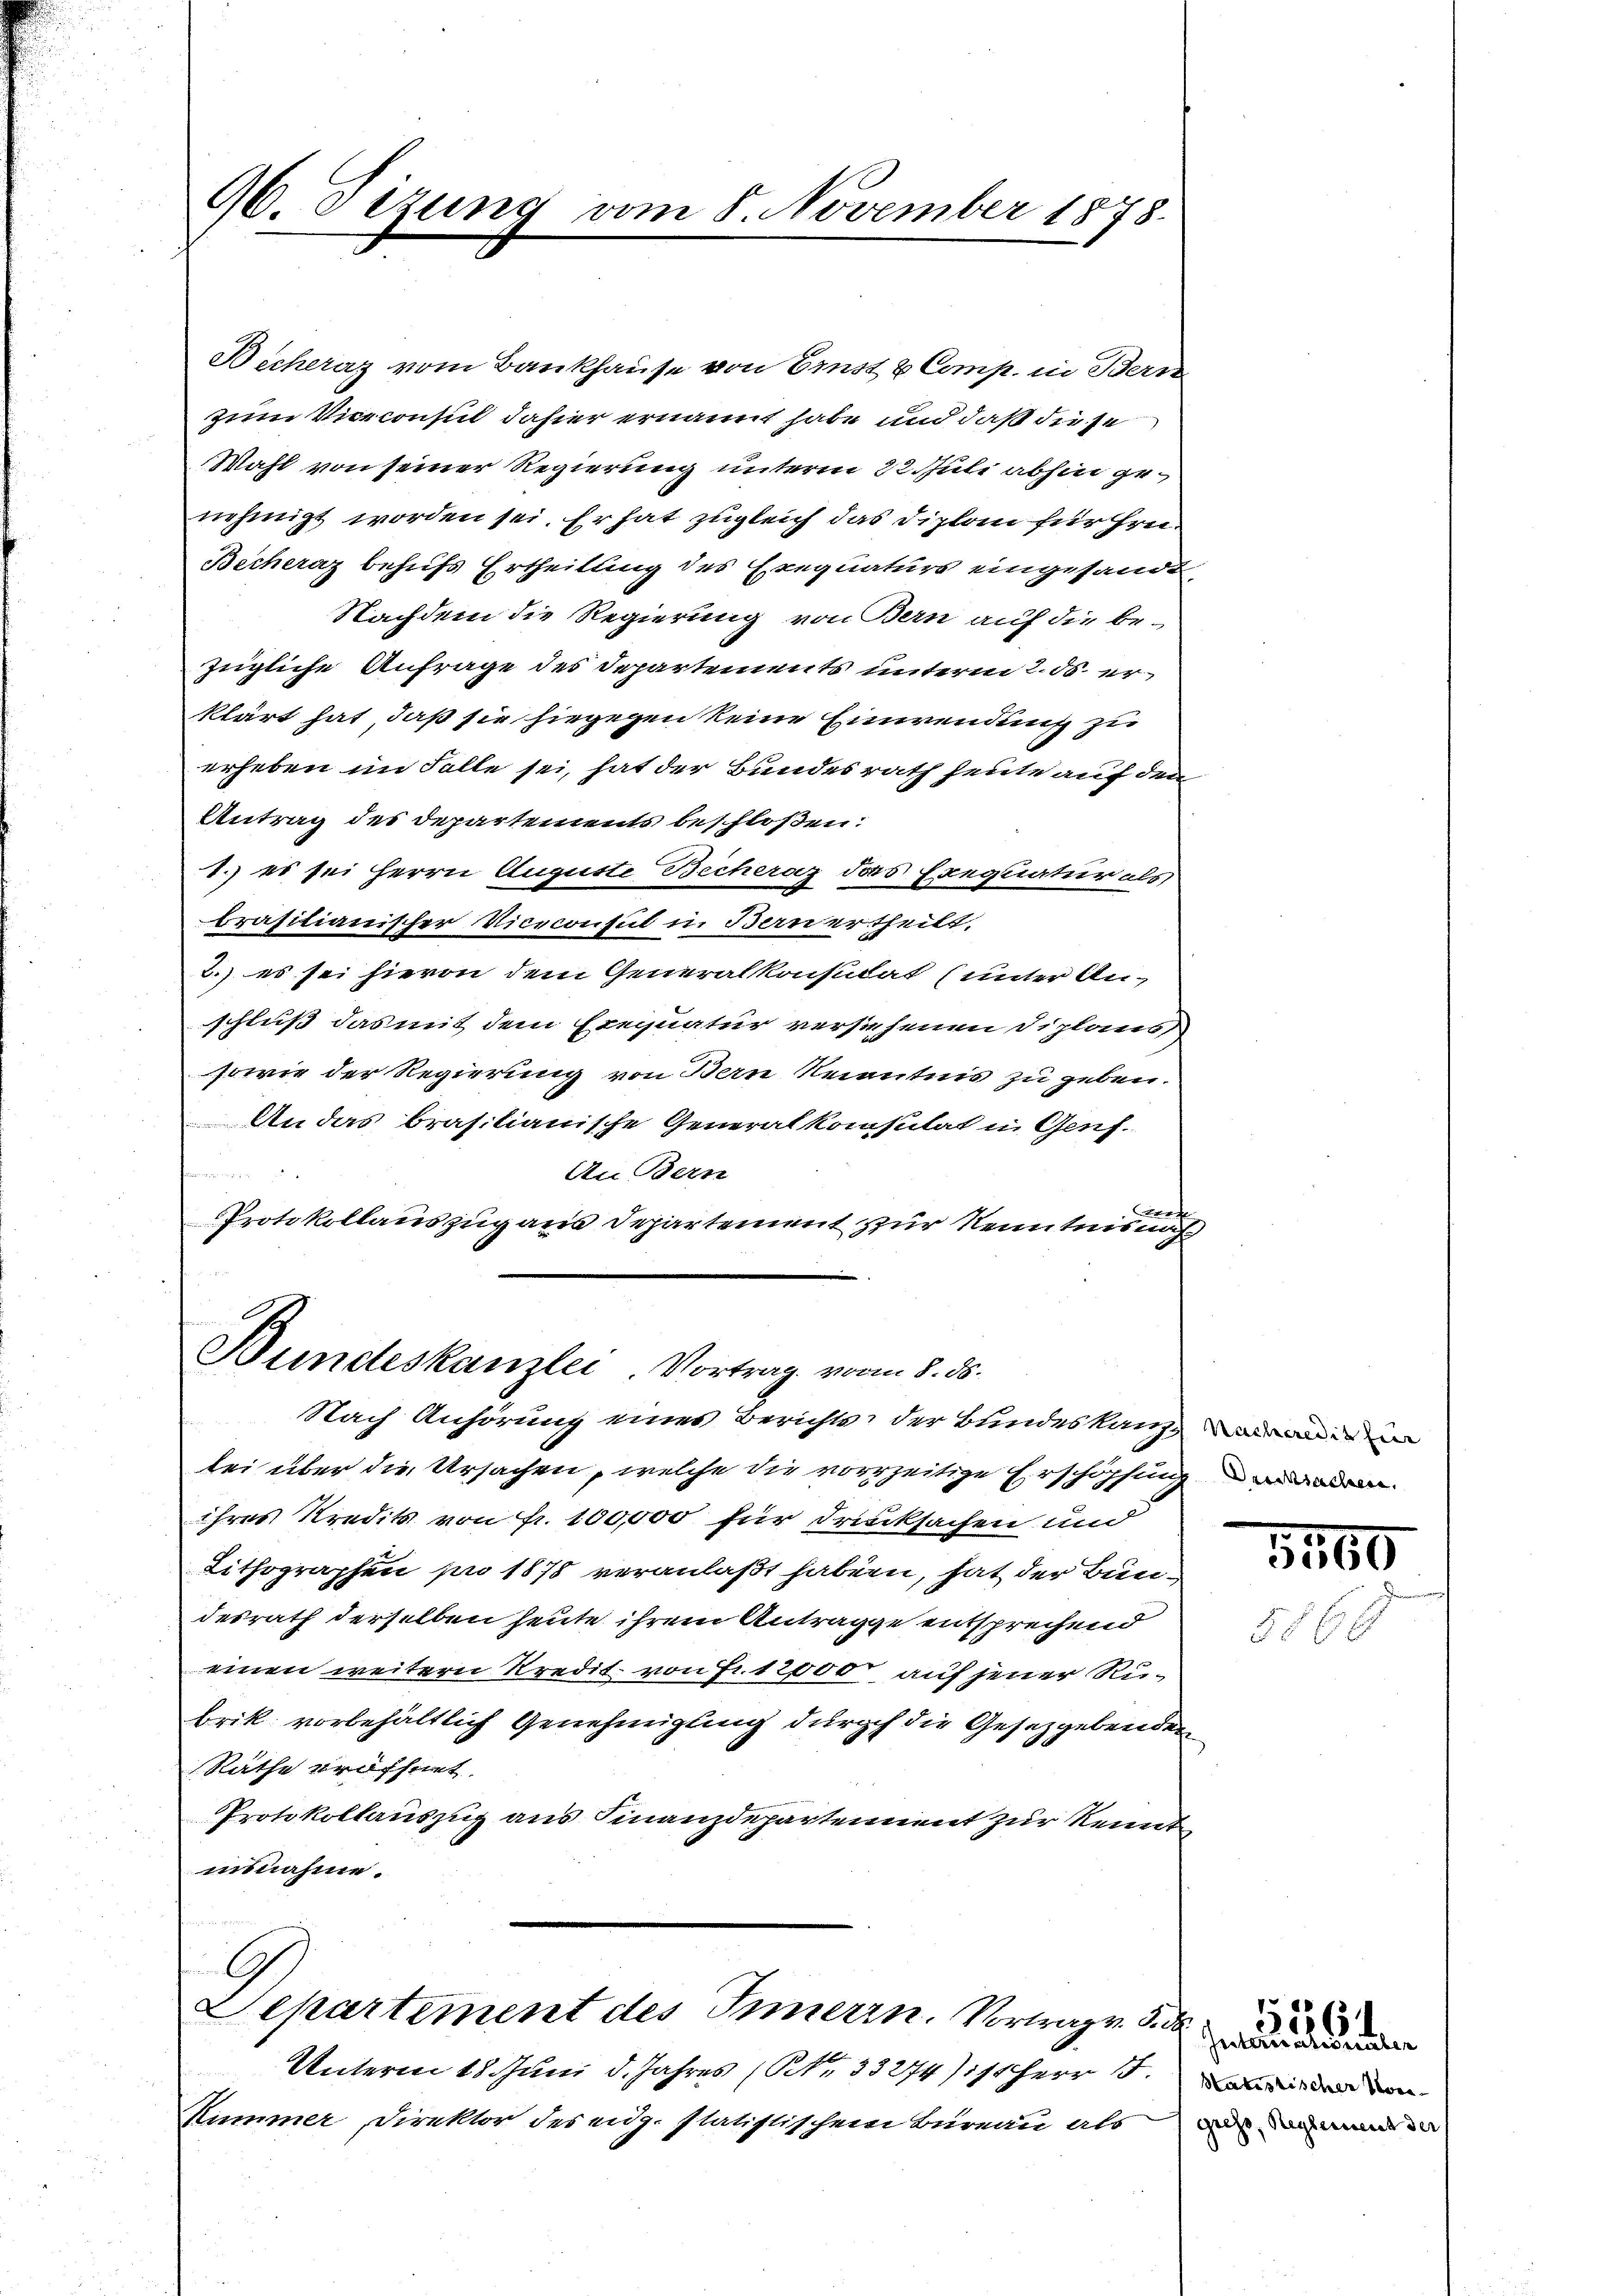
96. Sizung

Bicheraz vom Bankhause von Ernst & Comp. in Bern
zum Viceconsul dahier ernannt habe und daß diese
Wahl von seiner Regierung unterm 22. Juli abhin genehmigt worden sei. Er hat zugleich das Diplon für Frei
Becheraz behufs Ertheilung des Exequaturs eingesandt,
Nachdem die Regierung von Bern auf die be-
zügliche Anfrage des Departements unterm 2. ds. er
klärt hat, daß sie hiegegen keine Einwendung zu
erheben im Falle sei, hat der Bundesrath heute auf den
Antrag des Departements beschloßen:
1. es sei Herrn Auguste Becheraz das Exequatur als
brasilianischer Viceconsul in Bern ertheilt.
2.) es sei hievon dem Generalkonsulat (unter Anschluß das mit dem Exequatur versiehenen Diplaus
sowie der Regierung von Bern Kenntnis zu geben.
An das brasilianische Generalkonsilat in Genf.

An Bern

Protokollauszug aus Departement zur Kenntnis nach

mn 8. November 1878.

Bundeskanzlei Vortrag vom 8. ds.
Nach Anhörung eines Berichte der Bundeskanz wie

bei über die Ursachen, welche die vorzeitige Erschöpfung de
ihres Kredits von Fr. 100,000 für Drucksachen und
Lithographen pro 1878 veranlaßt haben, hat der Bundesrath derselben heute ihrem Antragge entsprechend
einen weitern Kredit von Fr. 12000 auf jener Rubrik vorbehältlich Genehmigung durch die Gesetzgebenden
Räthe eröffnet.
Protokollauszug aus Finanzdepartement zur Kennt
usnahme.

G
Departement des Innern. Vortrag. 3.

Unterm 18. Juni d. Jahres (Nr. 33274/11 Herr 15.
Kummer Direktor des eidg. statistischem Büreau als

1160

V. Internation über
Satistischer Vor-
giess, Reglement der

1
6